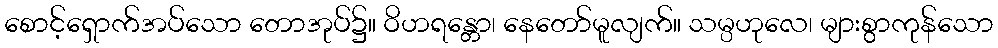
စောင့်ရှောက်အပ်သော တောအုပ်၌။ ဝိဟရန္တော၊ နေတော်မူလျက်။ သမ္ပဟုလေ၊ များစွာကုန်သော